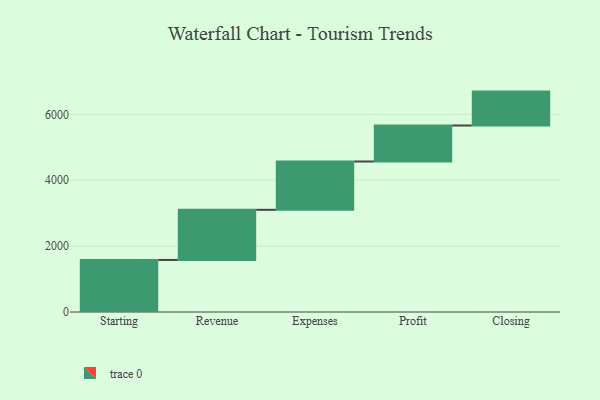
{"axis": {"x": "Step", "y": "Value"}, "legend": [""], "data": [{"x": "Starting", "y": 1580.0, "type": ""}, {"x": "Revenue", "y": 1522.0, "type": ""}, {"x": "Expenses", "y": 1467.0, "type": ""}, {"x": "Profit", "y": 1093.0, "type": ""}, {"x": "Closing", "y": 1029.0, "type": ""}]}